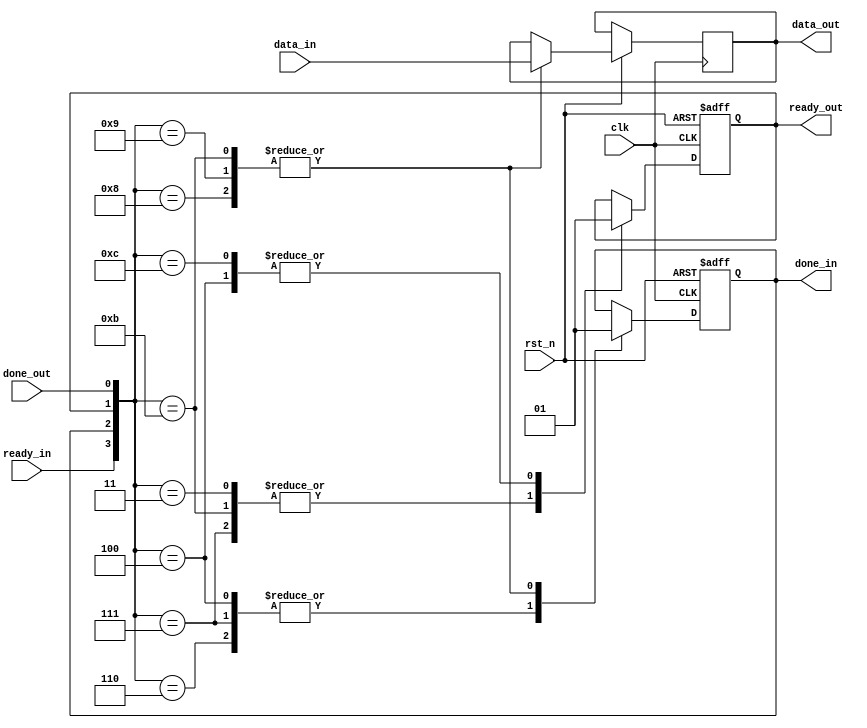
`timescale 1ns / 1ps

module buffer
#(
    parameter DATA_BITWIDTH = 8
)
(
    input   clk,
    input   rst_n,

    input   [DATA_BITWIDTH-1:0] data_in,
    input   ready_in,
    output  done_in,

    output  [DATA_BITWIDTH-1:0] data_out,
    output  ready_out,
    input   done_out
);

    reg [DATA_BITWIDTH-1:0] data = 0;
    reg r_done_data = 1'b0;
    reg r_ready_data = 1'b0;

    assign data_out = data;
    assign done_in = r_done_data;
    assign ready_out = r_ready_data;

    always @(posedge clk or negedge rst_n) begin
        if (~rst_n) begin
            r_done_data <= 1'b0;
            r_ready_data <= 1'b0;
        end else begin
            case ({ready_in, r_done_data, r_ready_data, done_out})
            4'b0000:    ;
            4'b0001:    ;
            4'b0010:    ;
            4'b0011:    begin
                            r_ready_data <= 1'b0;
                        end
            4'b0100:    begin
                            r_ready_data <= 1'b1;
                            r_done_data <= 1'b0;
                        end
            4'b0101:    ;
            4'b0110:    begin
                            r_done_data <= 1'b0;
                        end
            4'b0111:    begin
                            r_done_data <= 1'b0;
                            r_ready_data <= 1'b0;
                        end
            4'b1000:    begin
                            data <= data_in;
                            r_done_data <= 1'b1;
                        end
            4'b1001:    begin
                            data <= data_in;
                            r_done_data <= 1'b1;
                        end
            4'b1010:    ;
            4'b1011:    begin
                            data <= data_in;
                            r_ready_data <= 1'b0;
                            r_done_data <= 1'b1;
                        end
            4'b1100:    begin
                            r_ready_data <= 1'b1;
                        end
            4'b1101:    ;
            4'b1110:    ;
            4'b1111:    ;
            endcase
        end
    end

endmodule